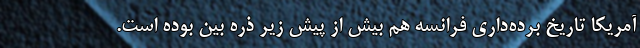
آمریکا تاریخ برده‌داری فرانسه هم بیش از پیش زیر ذره بین بوده است.